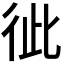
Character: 𢓗